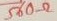
Text: 560Ω